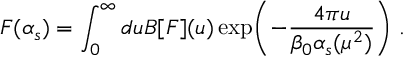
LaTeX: { \cal F } ( \alpha _ { s } ) = \int _ { 0 } ^ { \infty } d u B [ { \cal F } ] ( u ) \exp \biggl ( - \frac { 4 \pi u } { \beta _ { 0 } \alpha _ { s } ( \mu ^ { 2 } ) } \biggr ) \; .